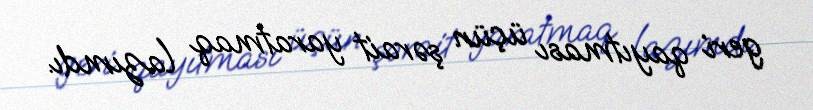
geri qayıtması üçün şərait yaratmaq lazımdı.